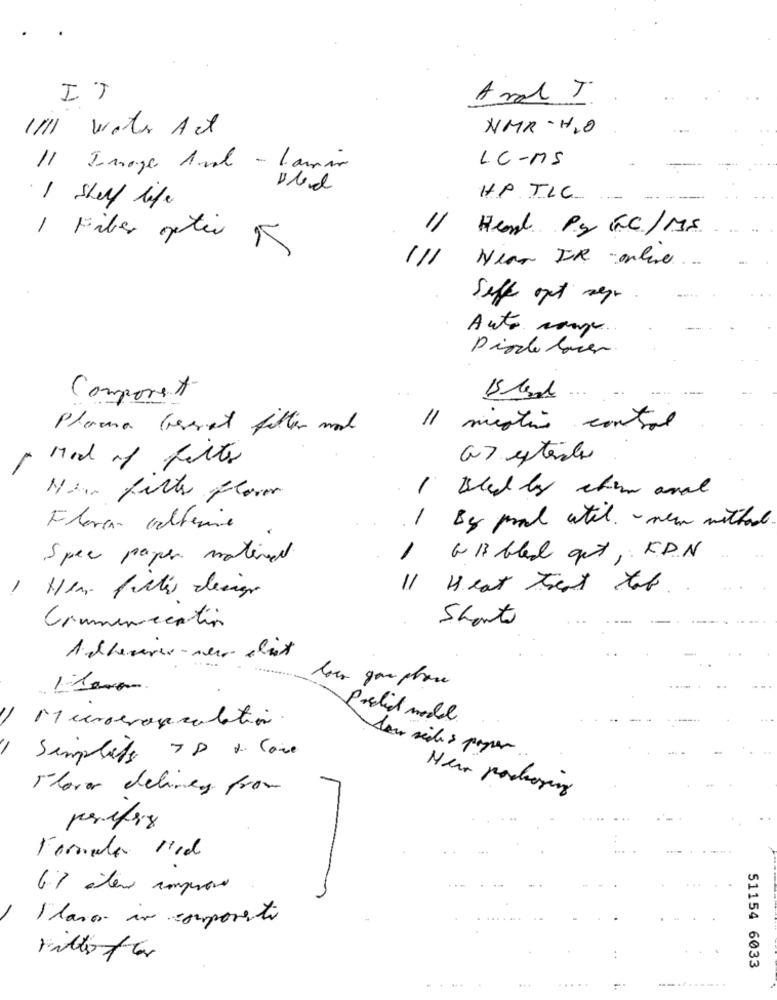
IT
And T
I'll Water Act
NMR· H2O
11 Image And - Lamin
LC-MS
1 Shelf life
HP TLC
Hend Py GC/MS
1 Filer peter 5
= =
Near IR online.
Seffe opt ser.
Auto rouge.
Diode laser
Comporet
15 lead
Planna Grereset filter mod
Med of felts
as extents
1
Bled by them aral
Navr firts flores
1
Florcan colterine
By pral util. " new withod .
Spec paper material
1
GB bled get, KPN
-
11
Heat threat tab
Short
Communication
Adhesive-ser elust
Microevanculation.
deur sides paper
Simplify 7P & Care
Flower delivery from
Herr portraying
periferx
67 alero comprova
I lavo in componenti
51154 6033